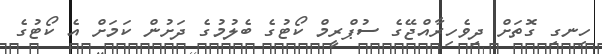
ހިނގި ގޮތަށް ދިވެހިރާއްޖޭގެ ސުޕްރީމް ކޯޓުގެ ބެލުމުގެ ދަށުން ކަމަށް އެ ކޯޓުގެ